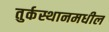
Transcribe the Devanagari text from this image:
तुर्कस्थानमधील